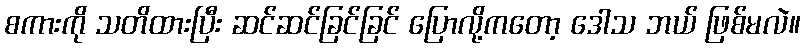
စကားကို သတိထားပြီး ဆင်ဆင်ခြင်ခြင် ပြောလို့ကတော့ ဒေါသ ဘယ် ဖြစ်မလဲ။